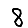
Digit: 8